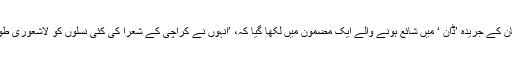
رساؔچغتائی پر پاکستان کے جریدہ ’ڈان ‘ میں شائع ہونے والے ایک مضمون میں لکھا گیا کہ، ’انہوں نے کراچی کے شعرا کی کئی نسلوں کو لاشعوری طور پر متائثر کیا ہے۔